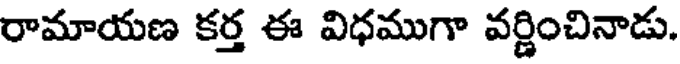
రామాయణ కర్త ఈ విధముగా వర్ణించినాడు.